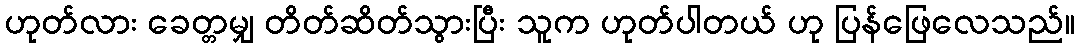
ဟုတ်လား ခေတ္တမျှ တိတ်ဆိတ်သွားပြီး သူက ဟုတ်ပါတယ် ဟု ပြန်ဖြေလေသည်။